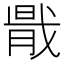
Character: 𢧠